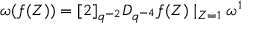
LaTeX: \omega ( f ( Z ) ) = [ 2 ] _ { q ^ { - 2 } } D _ { q ^ { - 4 } } f ( Z ) \mid _ { Z = 1 } \omega ^ { 1 }